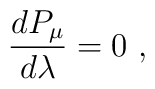
{dP_\mu\over d\lambda}=0\ ,